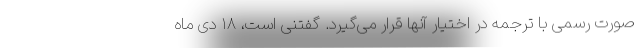
صورت رسمی با ترجمه در اختیار آنها قرار می‌گیرد. گفتنی است، ۱۸ دی ماه